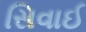
સિવાઈ